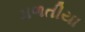
મળતીયા